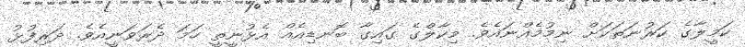
ކަމީލާގެ ކަރުނަތަކަށް ނިމުމެއްނައެވެ. މިކާލްގެ ގައިގާ ބޮނޑިއެއް އެޅުނީތީ ހަމަ ދެރަވަނީއެވެ. ދަރިފުޅު